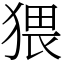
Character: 猥